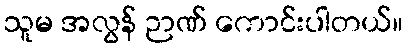
သူမ အလွန် ဉာဏ် ကောင်းပါတယ်။